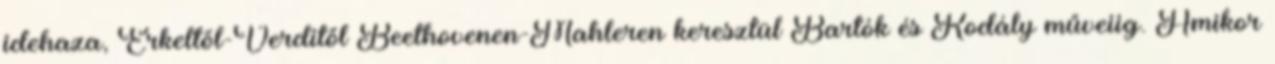
idehaza, Erkeltől-Verditől Beethovenen-Mahleren keresztül Bartók és Kodály műveiig. Amikor